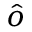
\boldsymbol { \hat { o } }